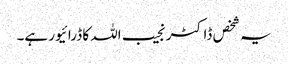
یہ شخص ڈاکٹر نجیب اللہ کا ڈرائیور ہے۔